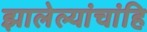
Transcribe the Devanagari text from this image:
झालेल्यांचांहि